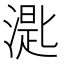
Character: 𣼮